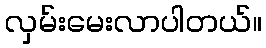
လှမ်းမေးလာပါတယ်။